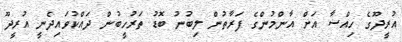
އުރީދޫގެ ހިއްސާ އަށް އާންމުންގެ ފަރާތުން ލިބުނު ބޮޑު ތަރުހީބުން ދައްކުވައިދެނީ އުރީދޫ